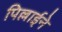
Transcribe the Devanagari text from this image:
पिल्लाईने